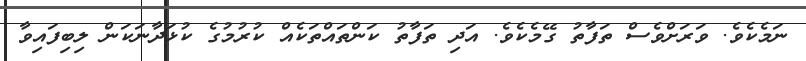
ނަމެކެވެ. ވަރަށްވެސް ތަފާތު ގޭމެކެވެ. އަދި ތަފާތު ކަންތައްތަކެއް ކުރުމުގެ ކުޅަދާނަކަން ލިބިފައިވާ